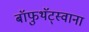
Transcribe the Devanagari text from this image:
बॉफुथॅट्स्वाना